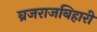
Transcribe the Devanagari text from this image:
ब्रजराजबिहारी